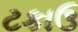
ટકાઉ